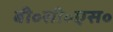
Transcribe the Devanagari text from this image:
बी॰सी॰एस॰